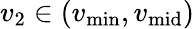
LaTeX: v_{2}\in(v_{\operatorname*{min}},v_{\mathrm{mid}})